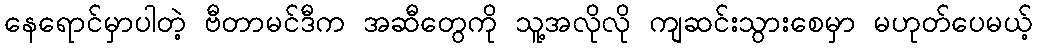
နေရောင်မှာပါတဲ့ ဗီတာမင်ဒီက အဆီတွေကို သူ့အလိုလို ကျဆင်းသွားစေမှာ မဟုတ်ပေမယ့်